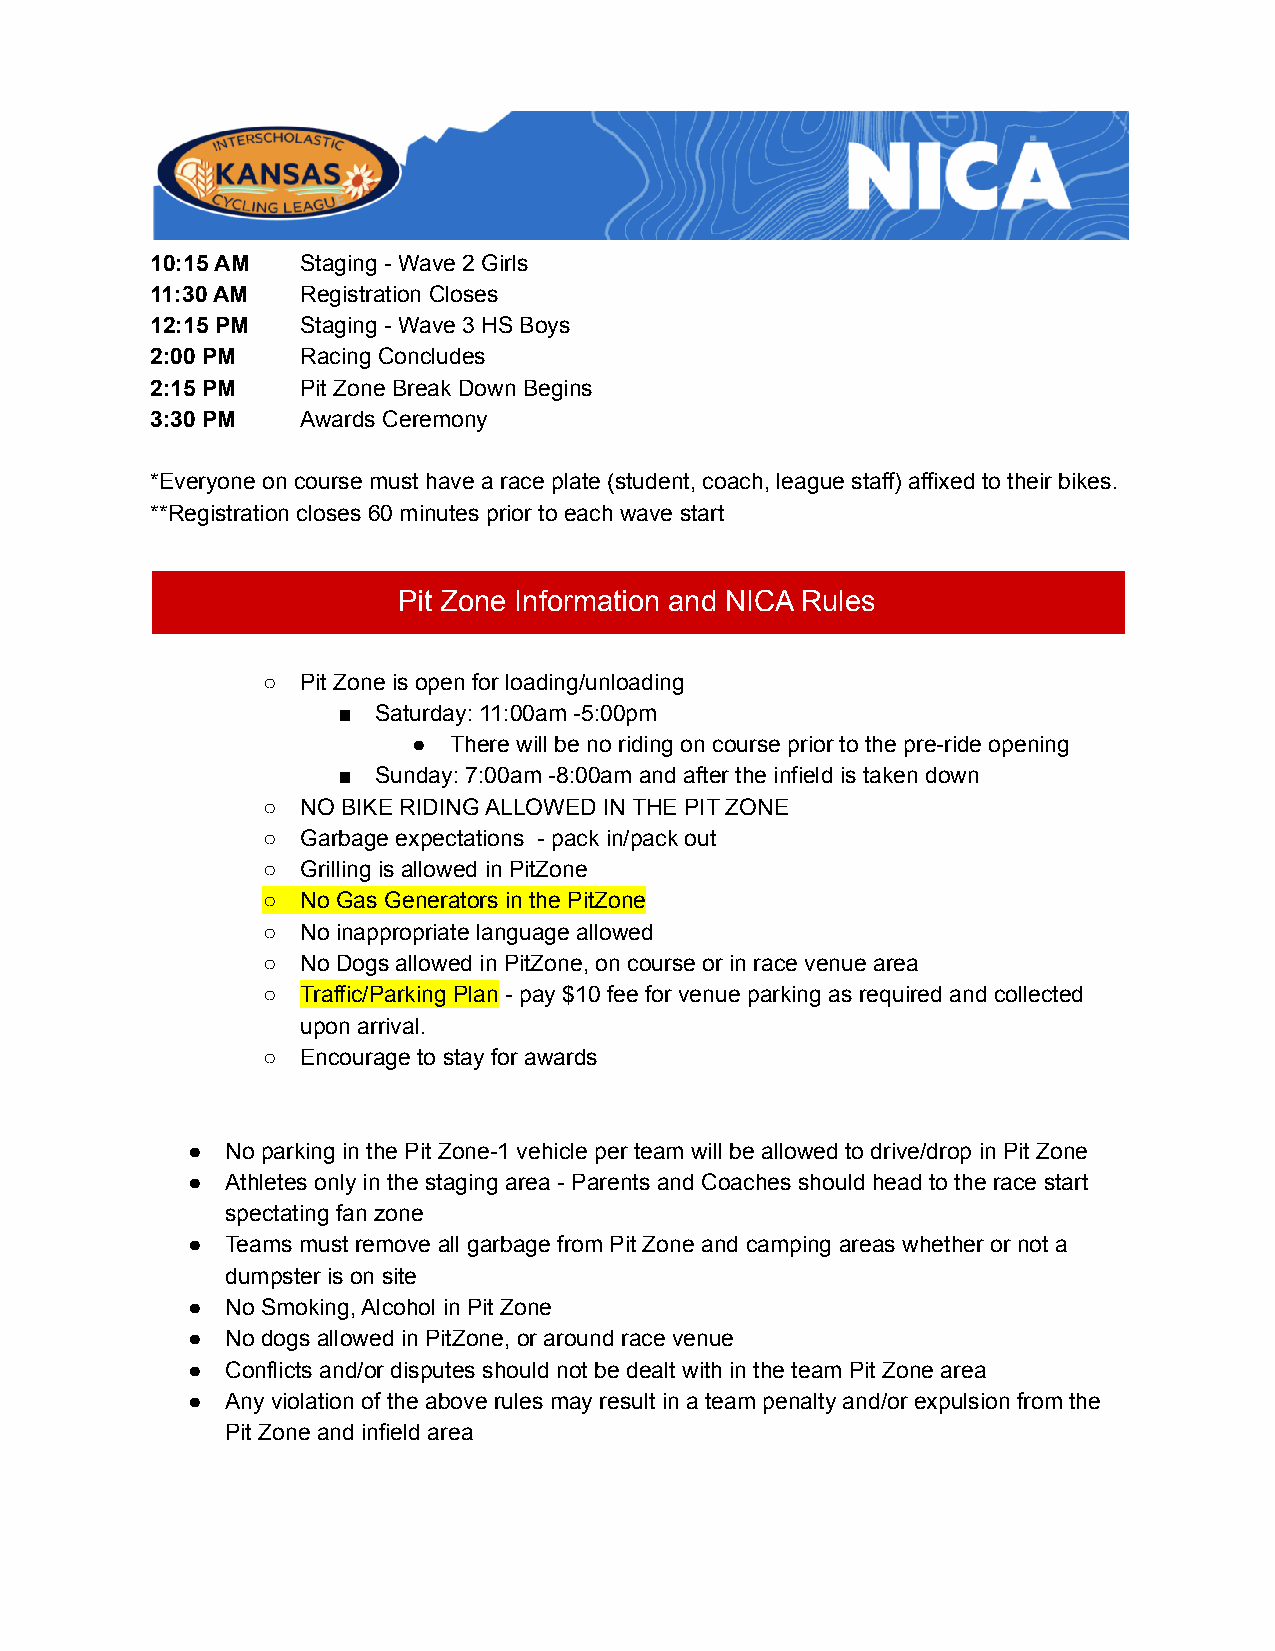
10:15 AM  Staging - Wave 2 Girls
 11:30 AM  Registration Closes
 12:15 PM  Staging - Wave 3 HS Boys
 2:00 PM   Racing Concludes
 2:15 PM   Pit Zone Break Down Begins
 3:30 PM   Awards Ceremony
 *Everyone on course must have a race plate (student, coach, league staff) affixed to their bikes.
 **Registration closes 60 minutes prior to each wave start
 Pit Zone Information and NICA Rules
 ○  Pit Zone is open for loading/unloading
 ■  Saturday: 11:00am -5:00pm
 ●  There will be no riding on course prior to the pre-ride opening
 ■  Sunday: 7:00am -8:00am and after the infield is taken down
 ○  NO BIKE RIDING ALLOWED IN THE PIT ZONE
 ○  Garbage expectations - pack in/pack out
 ○  Grilling is allowed in PitZone
 ○  No Gas Generators in the PitZone
 ○  No inappropriate language allowed
 ○  No Dogs allowed in PitZone, on course or in race venue area
 ○  Traffic/Parking Plan - pay $10 fee for venue parking as required and collected
 upon arrival.
 ○  Encourage to stay for awards
 ●  No parking in the Pit Zone-1 vehicle per team will be allowed to drive/drop in Pit Zone
 ●  Athletes only in the staging area - Parents and Coaches should head to the race start
 spectating fan zone
 ●  Teams must remove all garbage from Pit Zone and camping areas whether or not a
 dumpster is on site
 ●  No Smoking, Alcohol in Pit Zone
 ●  No dogs allowed in PitZone, or around race venue
 ●  Conflicts and/or disputes should not be dealt with in the team Pit Zone area
 ●  Any violation of the above rules may result in a team penalty and/or expulsion from the
 Pit Zone and infield area